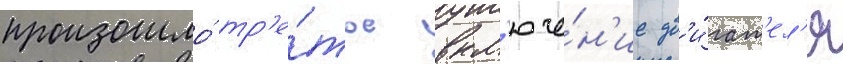
произошло́ тр'е́тье вкл'юче́н'ие дв'и́гат'ел'я